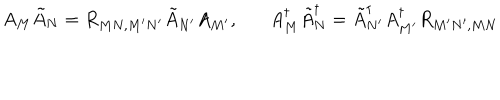
A _ { M } \tilde { A } _ { N } = R _ { M N , M ^ { \prime } N ^ { \prime } } \tilde { A } _ { N ^ { \prime } } A _ { M ^ { \prime } } , A _ { M } ^ { \dagger } \tilde { A } _ { N } ^ { \dagger } = \tilde { A } _ { N ^ { \prime } } ^ { \dagger } A _ { M ^ { \prime } } ^ { \dagger } R _ { M ^ { \prime } N ^ { \prime } , M N }